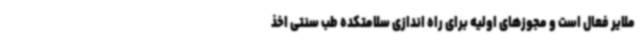
ملایر فعال است و مجوزهای اولیه برای راه اندازی سلامتکده طب سنتی اخذ